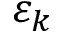
\varepsilon _ { k }